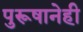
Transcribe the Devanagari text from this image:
पुरूषानेही